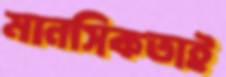
মানসিকতাই